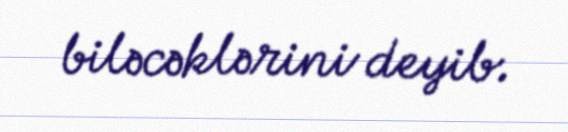
biləcəklərini deyib.